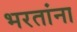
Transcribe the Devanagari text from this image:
भरतांना